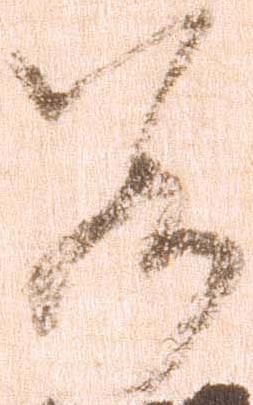
若